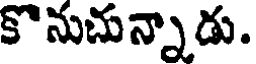
కొనుచున్నాడు.